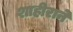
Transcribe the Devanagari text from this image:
शाहीराने